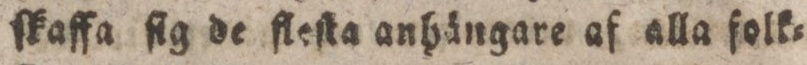
ſkaffa ſig de fleſta anhängare af alla folk=